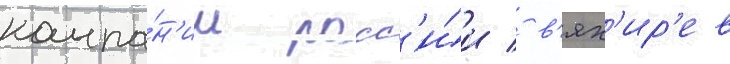
компа́н'ии росс'и́и / в'ях'ир'ев